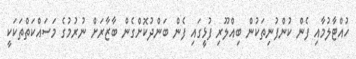
ހުއްޓާލުމާއި ފެން ކުންފުނިތަކުން ބިއްލޫރި ފުޅީގައި ފެން ބަންދުކޮށްގެން ބާޒާރަށް ނުރުމުގެ މަސައްކަތްތަކަކީ